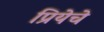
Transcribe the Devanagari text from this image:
प्रियेचे